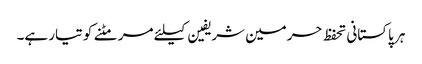
ہر پاکستانی تحفظ حرمین شریفین کیلئے مر مٹنے کو تیار ہے۔